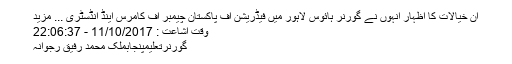
ان خیالات کا اظہار انہوں نے گورنر ہائوس لاہور میں فیڈریشن آف پاکستان چیمبر آف کامرس اینڈ انڈسٹری ... مزید
وقت اشاعت : 11/10/2017 - 22:06:37
گورنرتعلیمپنجابملک محمد رفیق رجوانہ